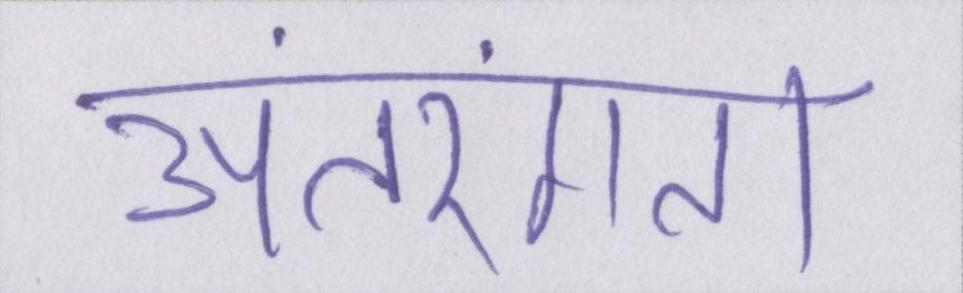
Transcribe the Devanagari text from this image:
अंतरंगता